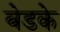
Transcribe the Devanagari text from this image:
बेडके